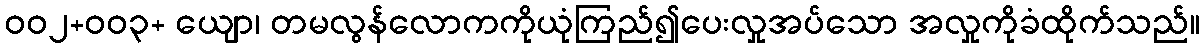
ဝဝ၂+ဝဝ၃+ ယျော၊ တမလွန်လောကကိုယုံကြည်၍ပေးလှုအပ်သော အလှုကိုခံထိုက်သည်။